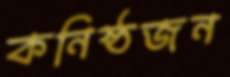
কনিষ্ঠজন